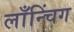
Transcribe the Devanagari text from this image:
लाँन्चिंग